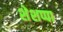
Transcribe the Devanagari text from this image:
शेशप्पा